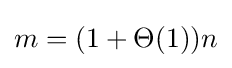
m={(1+\Theta (1))}n